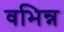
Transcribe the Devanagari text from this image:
वभिन्न